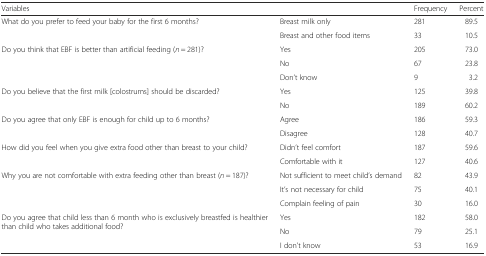
<table><thead><tr><td colspan="2"><b>Variables</b></td><td><b>Frequency</b></td><td><b>Percent</b></td></tr></thead><tbody><tr><td rowspan="2">What do you prefer to feed your baby for the first 6 months?</td><td>Breast milk only</td><td>281</td><td>89.5</td></tr><tr><td>Breast and other food items</td><td>33</td><td>10.5</td></tr><tr><td rowspan="3">Do you think that EBF is better than artificial feeding (<i>n</i> = 281)?</td><td>Yes</td><td>205</td><td>73.0</td></tr><tr><td>No</td><td>67</td><td>23.8</td></tr><tr><td>Don’t know</td><td>9</td><td>3.2</td></tr><tr><td rowspan="2">Do you believe that the first milk [colostrums] should be discarded?</td><td>Yes</td><td>125</td><td>39.8</td></tr><tr><td>No</td><td>189</td><td>60.2</td></tr><tr><td rowspan="2">Do you agree that only EBF is enough for child up to 6 months?</td><td>Agree</td><td>186</td><td>59.3</td></tr><tr><td>Disagree</td><td>128</td><td>40.7</td></tr><tr><td rowspan="2">How did you feel when you give extra food other than breast to your child?</td><td>Didn’t feel comfort</td><td>187</td><td>59.6</td></tr><tr><td>Comfortable with it</td><td>127</td><td>40.6</td></tr><tr><td rowspan="3">Why you are not comfortable with extra feeding other than breast (<i>n</i> = 187)?</td><td>Not sufficient to meet child’s demand</td><td>82</td><td>43.9</td></tr><tr><td>It’s not necessary for child</td><td>75</td><td>40.1</td></tr><tr><td>Complain feeling of pain</td><td>30</td><td>16.0</td></tr><tr><td rowspan="3">Do you agree that child less than 6 month who is exclusively breastfed is healthier than child who takes additional food?</td><td>Yes</td><td>182</td><td>58.0</td></tr><tr><td>No</td><td>79</td><td>25.1</td></tr><tr><td>I don’t know</td><td>53</td><td>16.9</td></tr></tbody></table>